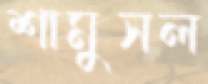
শামুসল